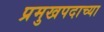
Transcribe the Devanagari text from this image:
प्रमुखपदाच्या